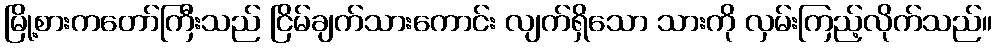
မြို့စားကတော်ကြီးသည် ငြိမ်ချက်သားကောင်း လျက်ရှိသော သားကို လှမ်းကြည့်လိုက်သည်။